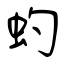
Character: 虳